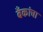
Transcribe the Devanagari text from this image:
बँकांचा